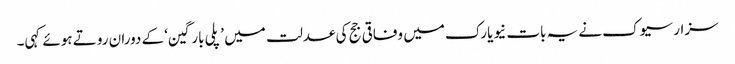
سزار سیوک نے یہ بات نیویارک میں وفاقی جج کی عدلت میں ’پلی بارگین‘ کے دوران روتے ہوئے کہی۔